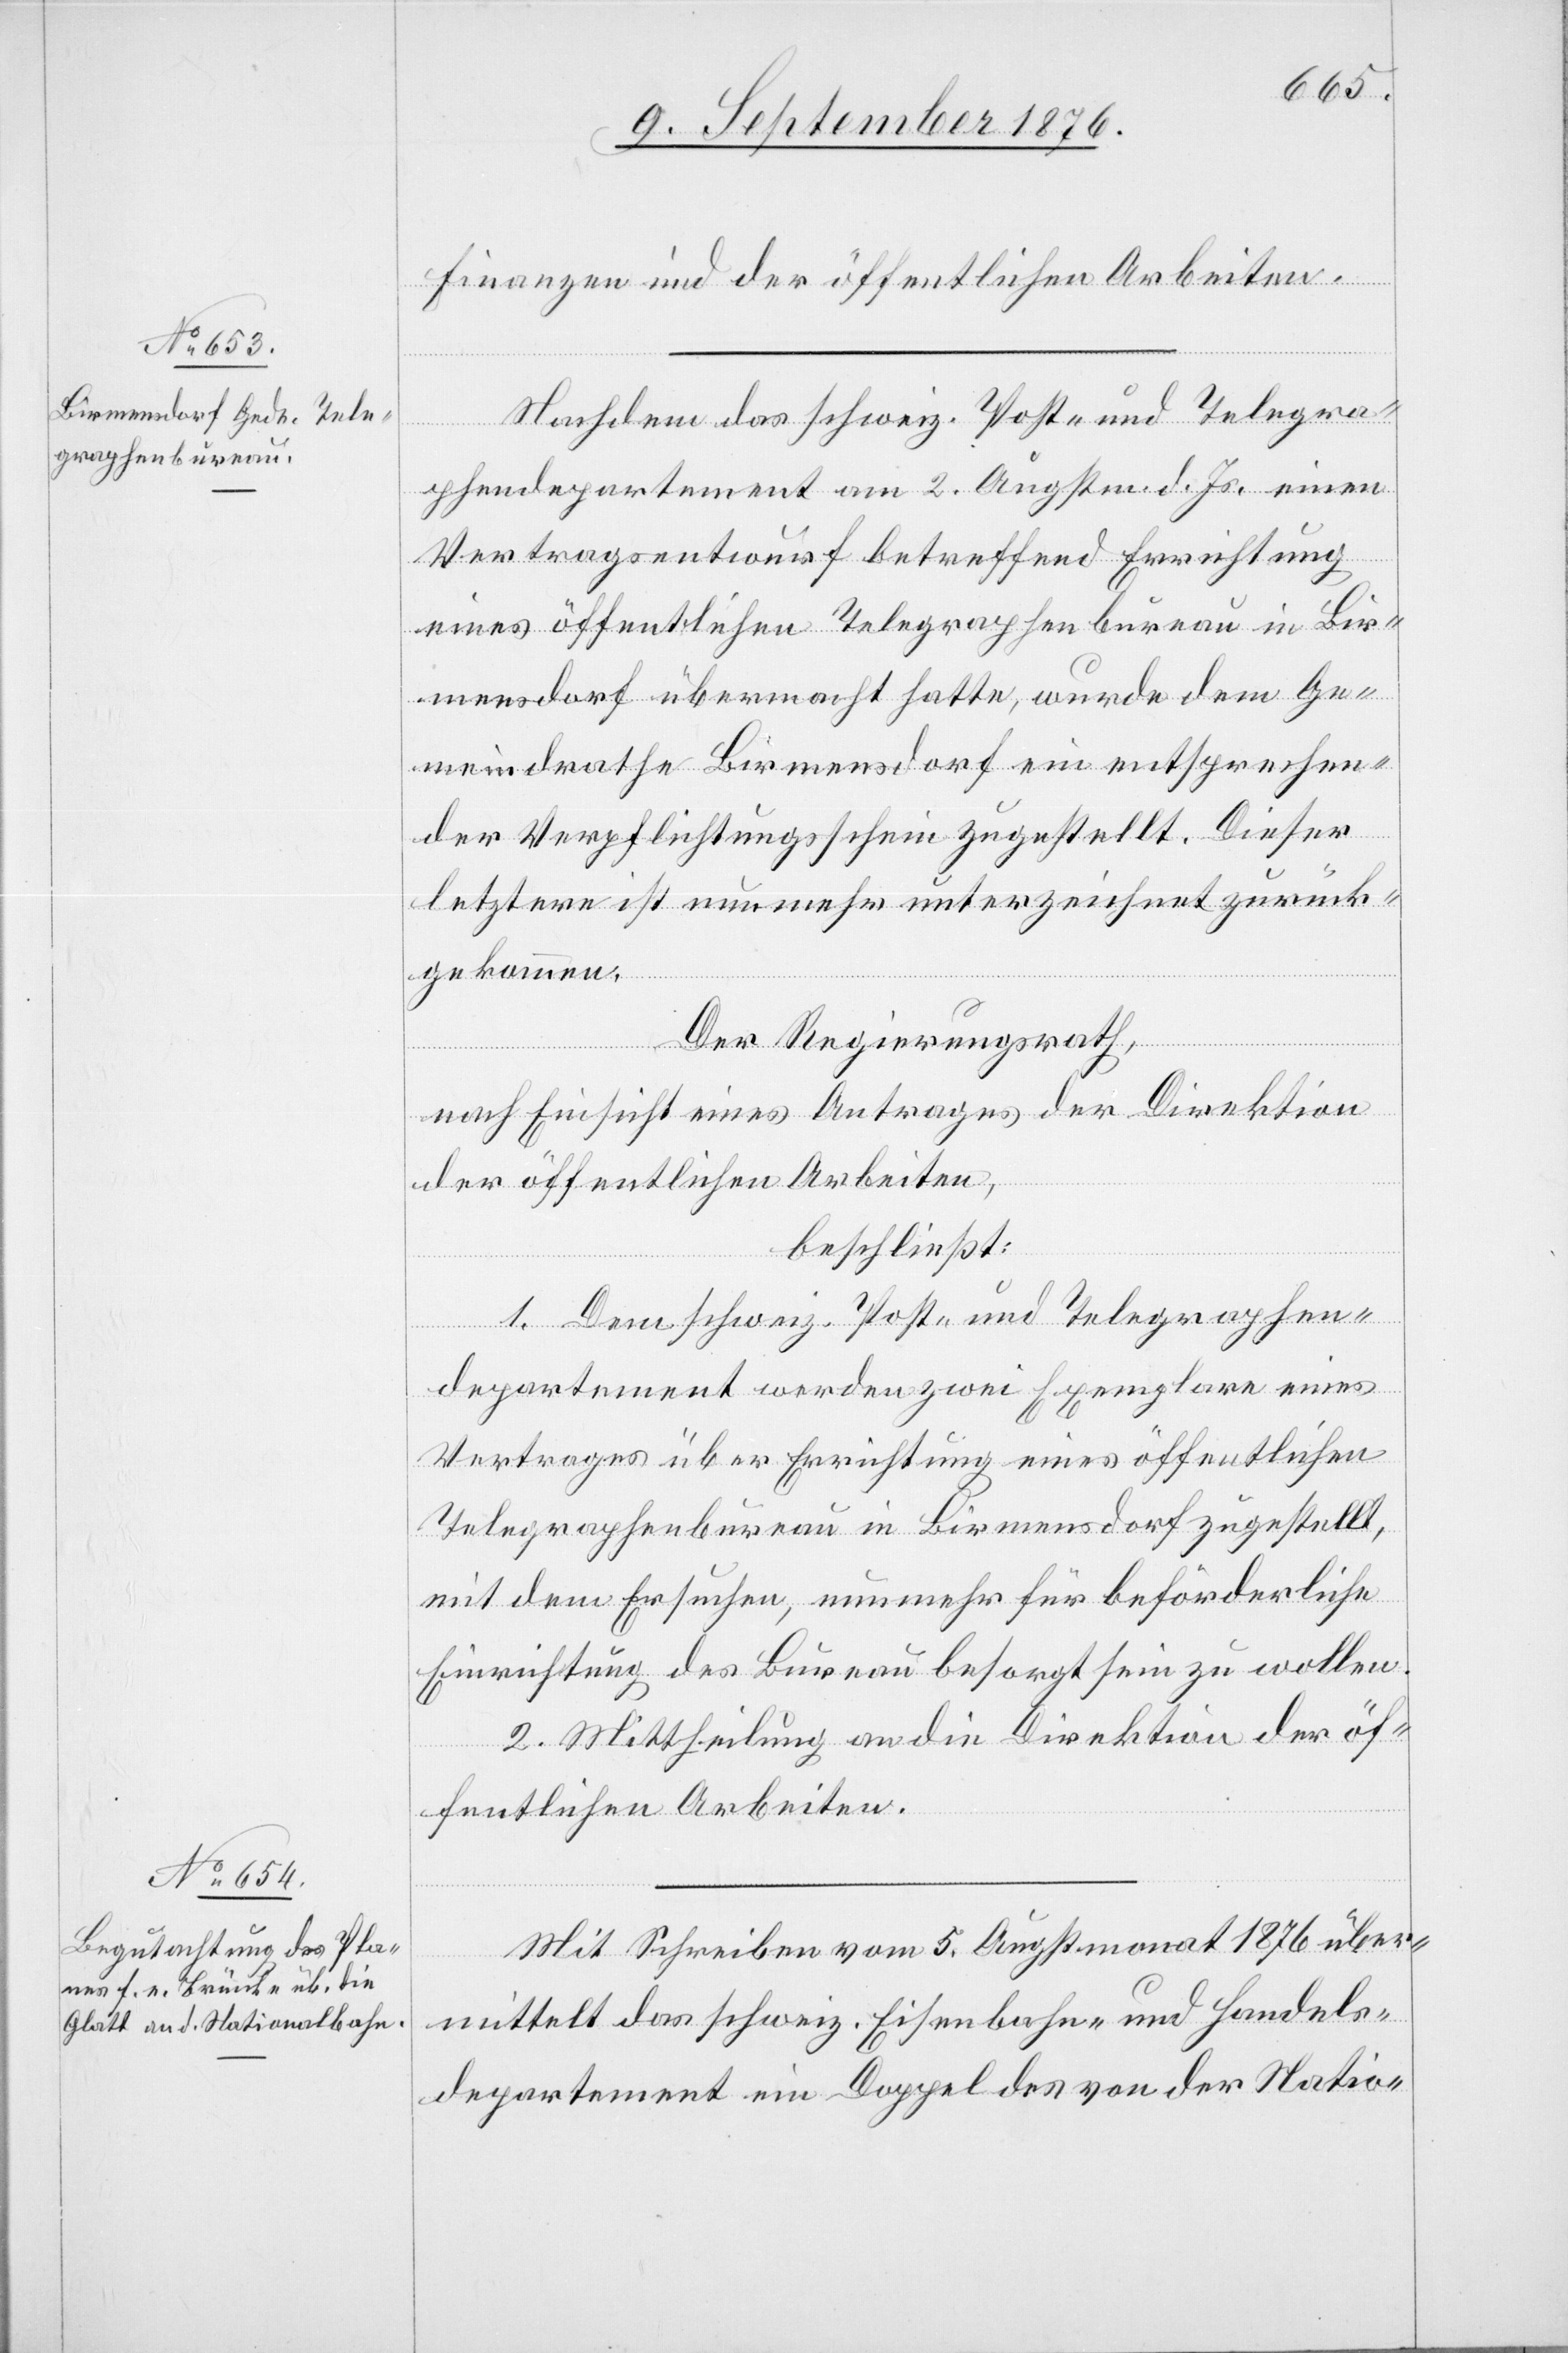
Finanzen und der öffentlichen Arbeiten.
Nachdem das schweiz. Post- und Telegra¬
phendepartement am 2. August d. Js. einen
Vertragsentwurf betreffend Errichtung
eines öffentlichen Telegraphenbureau in Bir¬
mensdorf übermacht hatte, wurde dem Ge¬
meindrathe Birmensdorf ein entsprechen¬
der Verpflichtungsschein zugestellt. Dieser
letztere ist nunmehr unterzeichnet zurück¬
gekommen.
Der Regierungsrath,
nach Einsicht eines Antrages der Direktion
der öffentlichen Arbeiten,
beschließt:
1. Dem schweiz. Post- und Telegraphen¬
departement werden zwei Exemplare eines
Vertrages über Errichtung eines öffentlichen
Telegraphenbureau in Birmensdorf zugestellt,
mit dem Ersuchen, nunmehr für beförderliche
Einrichtung des Bureau besorgt sein zu wollen.
2. Mittheilung an die Direktion der öf¬
fentlichen Arbeiten.
Mit Schreiben vom 5. Augstmonat 1876 über¬
mittelt das schweiz. Eisenbahn- und Handels¬
departement ein Doppel des von der Natio-